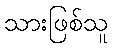
သားဖြစ်သူ